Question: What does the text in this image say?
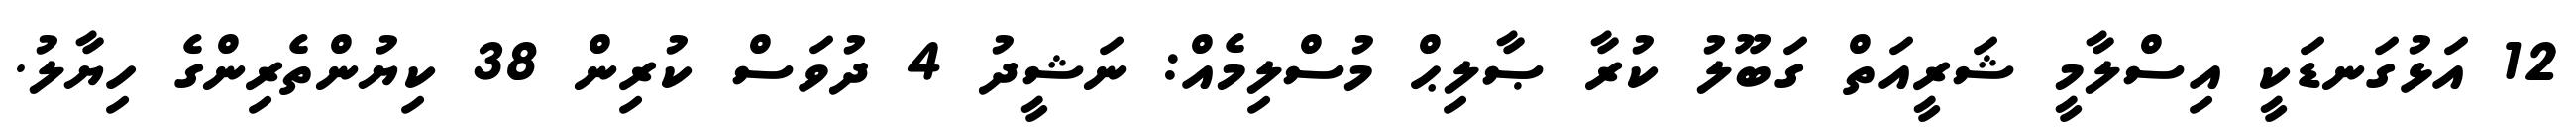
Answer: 12 އަޅުގަނޑަކީ އިސްލާމީ ޝަރީއަތް ގަބޫލު ކުރާ ޞާލިޙް މުސްލިމެއް: ނަޝީދު 4 ދުވަސް ކުރިން 38 ކިޔުންތެރިންގެ ހިޔާލު.